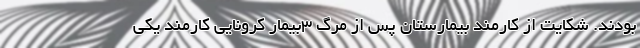
بودند. شکایت از کارمند بیمارستان پس از مرگ ۳بیمار کرونایی کارمند یکی